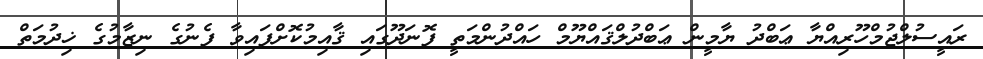
ރައީސުލްޖުމްހޫރިއްޔާ ޢަބްދު ޔާމީން ޢަބްދުލްޤައްޔޫމް ހައްދުންމަތީ ފޮނަދޫގައި ޤާއިމުކޮށްފައިވާ ފެނުގެ ނިޒާމުގެ ޚިދުމަތް